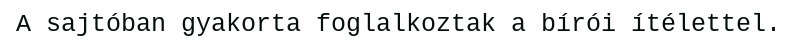
A sajtóban gyakorta foglalkoztak a bírói ítélettel.